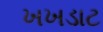
ખખડાટ